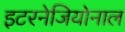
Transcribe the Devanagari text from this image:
इटरनेजियोनाल